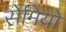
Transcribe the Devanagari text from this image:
सेमियो